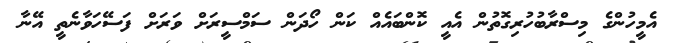
އެމީހުންގެ މިސްރާބުހުރިގޮތުން އެއީ ކޮންބައެއް ކަން ހޯދަން ސަމްސީރަށް ވަރަށް ފަސޭހަވާނެތީ އޭނާ